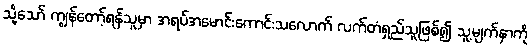
သို့သော် ကျွန်တော့်ရန်သူမှာ အရပ်အမောင်းကောင်းသလောက် လက်တံရှည်သူဖြစ်၍ သူ့မျက်နှာကို